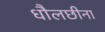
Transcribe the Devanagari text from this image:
धौलछीना